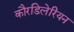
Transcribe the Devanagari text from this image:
कौरडिलेरियन